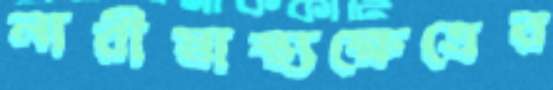
নারীস্বাস্থ্যক্ষেত্রের